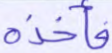
فأخذه